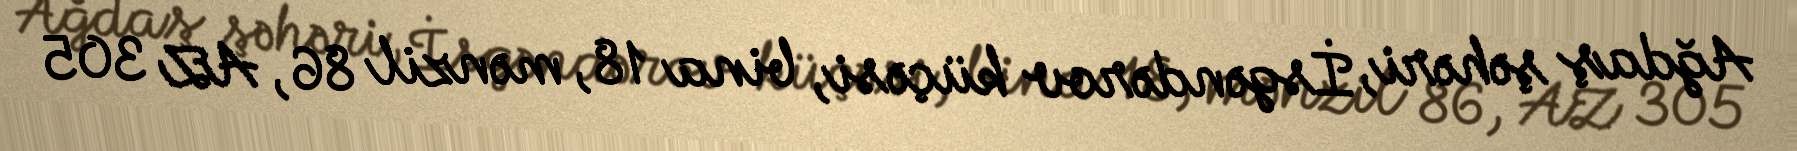
Ağdaş şəhəri, İsgəndərov küçəsi, bina 18, mənzil 86, AZ 305